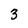
Character: 3